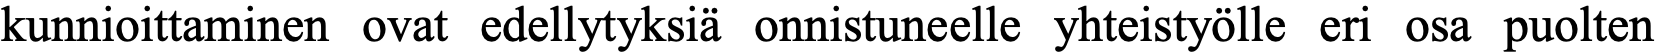
kunnioittaminen ovat edellytyksiä onnistuneelle yhteistyölle eri osa puolten